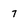
Character: 7